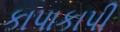
કાપાકાપી